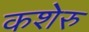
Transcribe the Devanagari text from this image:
कशेरु